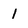
Character: 1